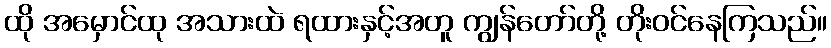
ထို အမှောင်ထု အသားထဲ ရထားနှင့်အတူ ကျွန်တော်တို့ တိုးဝင်နေကြသည်။